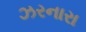
ઝરનારા